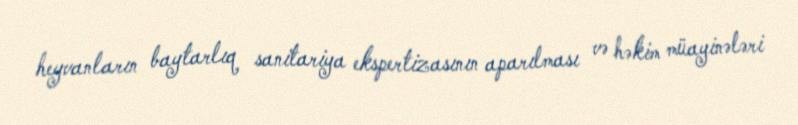
heyvanların baytarlıq sanitariya ekspertizasının aparılması və həkim müayinələri